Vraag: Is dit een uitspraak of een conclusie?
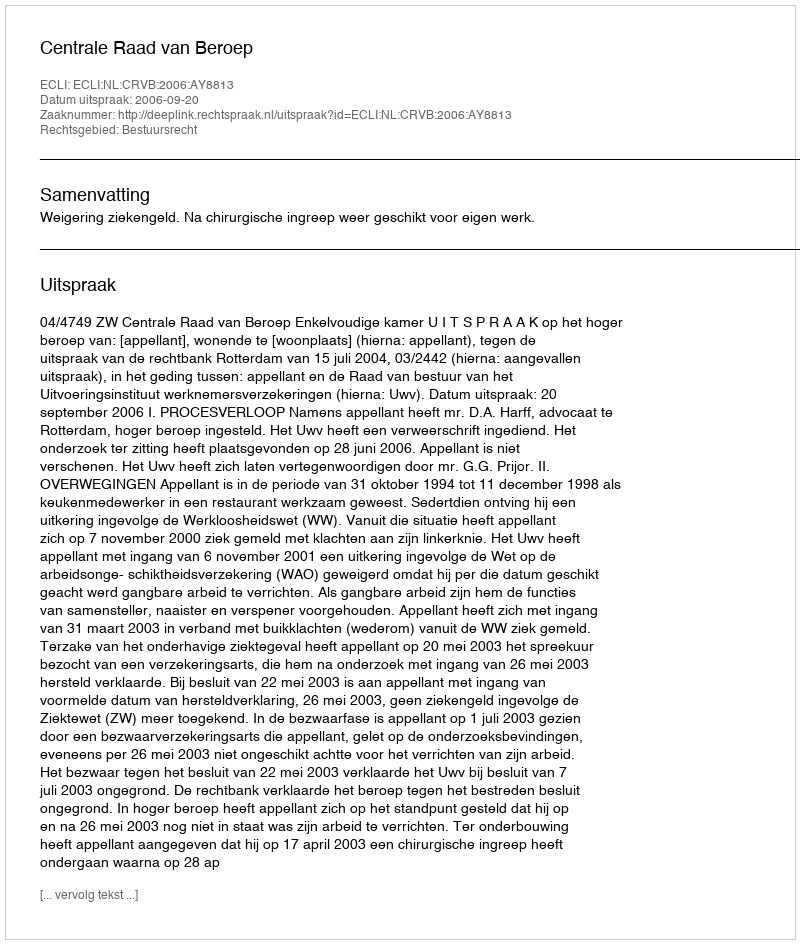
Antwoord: Uitspraak